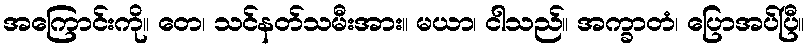
အကြောင်းကို။ တေ၊ သင်နတ်သမီးအား။ မယာ၊ ငါသည်။ အက္ခာတံ၊ ပြောအပ်ပြီ။